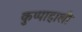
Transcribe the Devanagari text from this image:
कुप्पाहाली